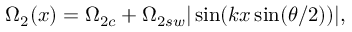
\Omega _ { 2 } ( x ) = \Omega _ { 2 c } + \Omega _ { 2 s w } | \sin ( k x \sin ( \theta / 2 ) ) | ,